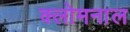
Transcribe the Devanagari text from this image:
क्लोमनाल